Civil Veterinary Department Bihar reports 1940-50 - 1940-1950
Year: 1940
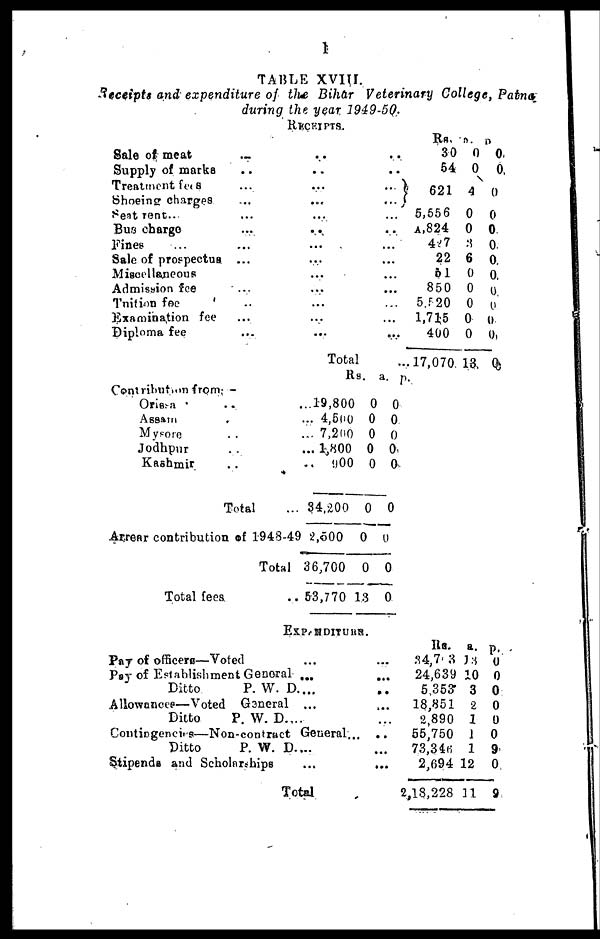
1
TABLE XVIII.
Receipts and expenditure of the Bihar Veterinary College, Patna,
during the year. 1949-50.
RECEIPTS.
Sale of meat …
Supply of marks ..
Treatment fees …
Shoeing charges …
Seat rent … …
Bus charge …
Fines … …
Sale of prospectus ...
Miscellaneous
Admission fee …
Tuition fee …
Examination fee …
Diploma fee …
…
…
…
…
...
…
...
...
...
...
...
...
…
Total
..
…
...
...
...
..
...
...
...
...
…
...
…
...
Rs.
30
54
621
5,556
A,824
427
22
61
850
5.520
1,715
400
17,070
a.
0
0
4
0
0
3
6
0
0
0
0
0
13
p.
0
0
0
0
0
0
0
0
0
0
0
0
0
Contribution from -
Orissa ..
Assam ..
Mysore ..
Jodhpur ..
Kashmir ..
Total …
Arrear contribution of 1948-49
Total
Total fees ..
Rs.
... 19,800
... 4,500
... 7,200
... 1,800
..
900
34,200
2,500
36,700
53,770
a.
0
0
0
0
0
0
0
0
13
p.
0
0
0
0
0
0
0
0
0
EXPENDITURE.
Pay of officers—Voted …
Pay of Establishment General ...
Ditto
P. W. D....
Allowances—Voted General ...
Ditto
P. W. D. …
Contingencies—Non-contract General...
Ditto
P. W. D....
Stipends and Scholarships …
Total
…
…
…
…
…
…
…
…
Rs.
34,7 3
24,639
5,353
18,851
2,890
55,750
73,346
2,694
2,18,228
a.
13
10
3
2
1
1
1
12
11
p.
0
0
0
0
0
0
9
0
9